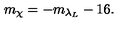
m _ { \chi } = - m _ { \lambda _ { L } } - 1 6 .